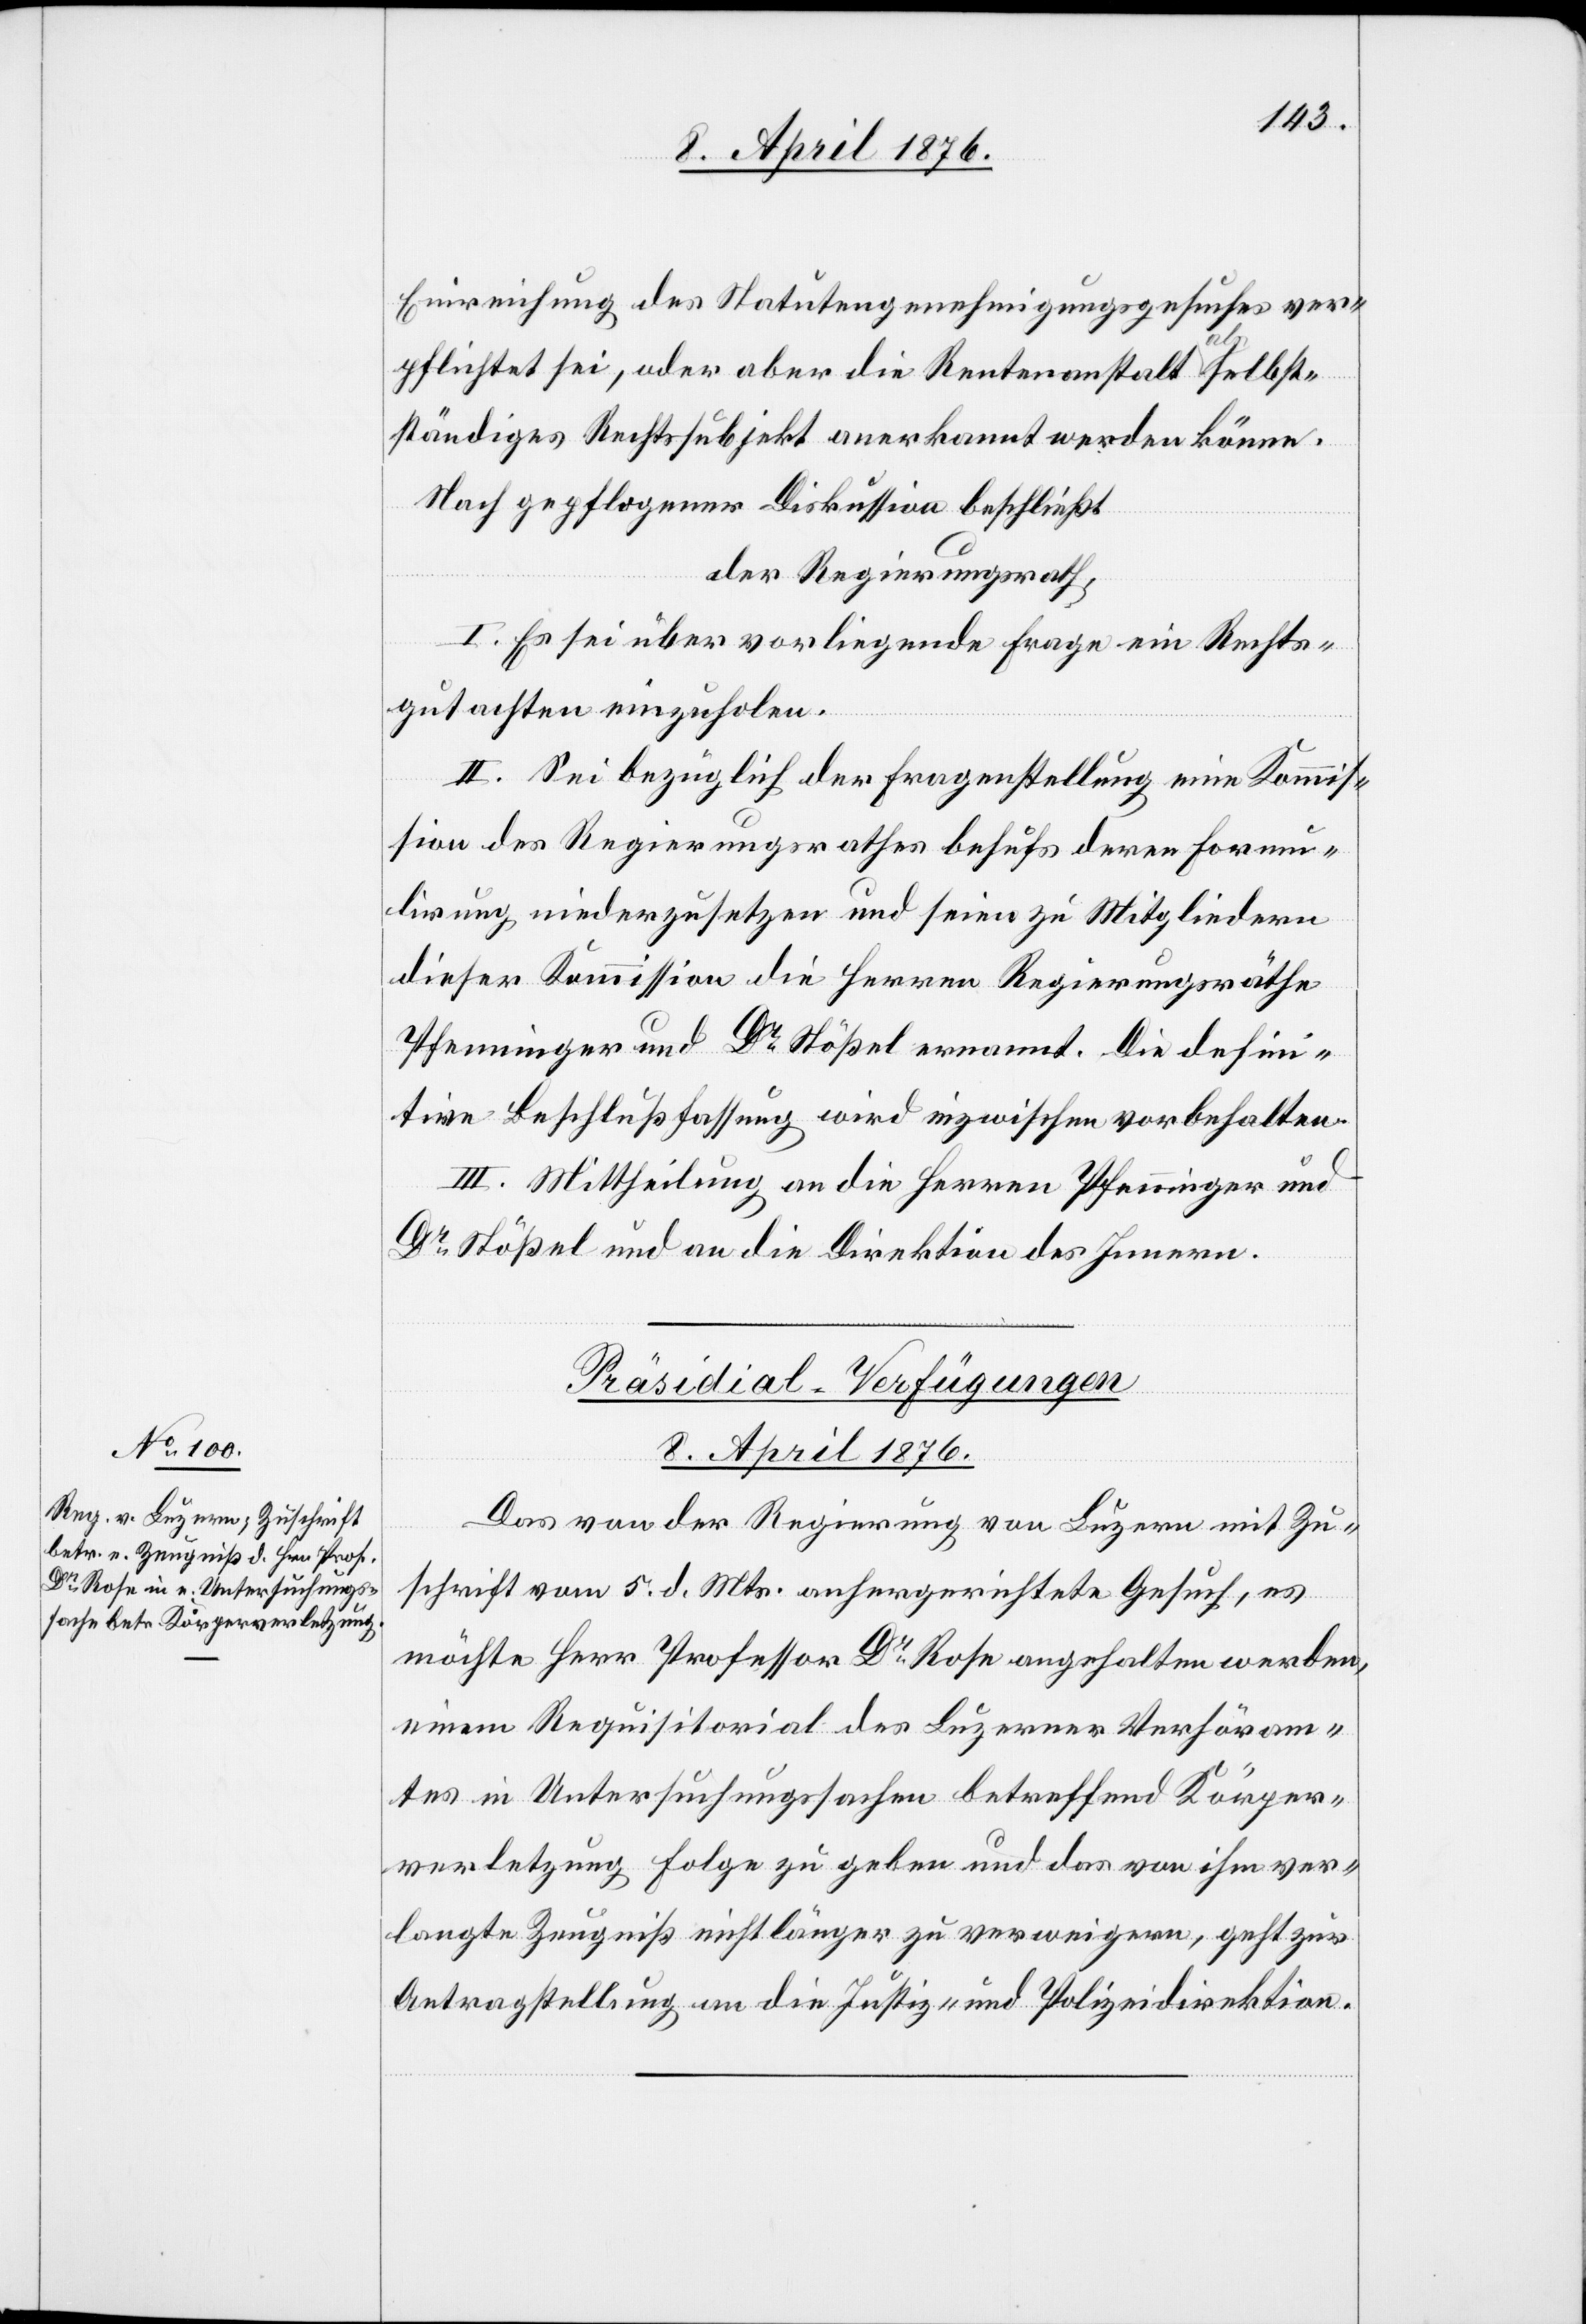
Einreichung des Statutengenehmigungsgesuches ver¬
pflichtet sei, oder aber die Rentenanstalt als selbst¬
ständiges Rechtssubjekt anerkannt werden könne.
Nach gepflogener Diskussion beschließt
der Regierungsrath,
I. Es sei über vorliegende Frage ein Rechts¬
gutachten einzuholen.
II. Sei bezüglich der Fragestellung eine Kommis¬
sion des Regierungsrathes behufs deren Formu¬
lierung niederzusetzen und seien zu Mitgliedern
dieser Kommission die Herren Regierungsräthe
Pfenninger und Dr Stößel ernannt. Die defini¬
tive Beschlußfassung wird inzwischen vorbehalten.
III. Mittheilung an die Herren Pfenninger und
Dr Stößel und an die Direktion des Innern.
Präsidial-Verfügungen
8. April 1876.
Das von der Regierung von Luzern mit Zu¬
schrift vom 5. d. Mts. anhergerichtete Gesuch, es
möchte Herr Professor Dr Rose angehalten werden,
einem Requisitorial des Luzerner Verhöram¬
tes in Untersuchungssache betreffend Köper¬
verletzung Folge zu geben und das von ihm ver¬
langte Zeugniß nicht länger zu verweigern, geht zur
Antragstellung an die Justiz- und Polizeidirektion.